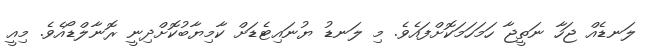
ލަނޑެއް ޖަހާ ނަތީޖާ ހަމަހަމަކޮށްފައެވެ. މި ލަނޑު ޔުނައިޓެޑަށް ކާމިޔާބުކޮށްދިނީ ރޮނާލްޑޯއެވެ. މިއީ